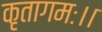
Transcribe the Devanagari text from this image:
कृतागमः।।